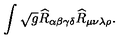
\int \sqrt { g } \widehat { R } _ { \alpha \beta \gamma \delta } \widehat { R } _ { \mu \nu \lambda \rho } .